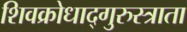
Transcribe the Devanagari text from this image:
शिवक्रोधाद्गुरुस्त्राता